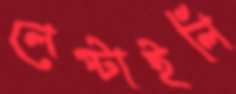
লেপ্‌টাইলি